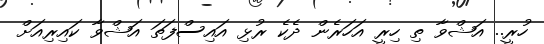
ހުރީ.. އަޝްވާ ތި ހިރީ އަހަރެން ދެކެ ރުޅި އައިސްފަތަ އަޝްވާ ކައިރިއަށް